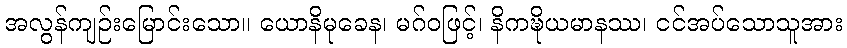
အလွန်ကျဉ်းမြောင်းသော။ ယောနိမုခေန၊ မဂ်ဝဖြင့်၊ နိကဍ္ဎိယမာနဿ၊ ငင်အပ်သောသူအား